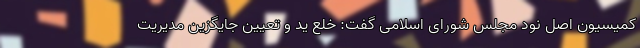
کمیسیون اصل نود مجلس شورای اسلامی گفت: خلع ید و تعیین جایگزین مدیریت